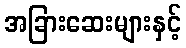
အခြားဆေးများနှင့်